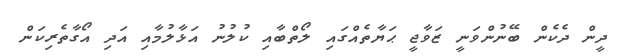
ދީން ދެކެން ބޭނުންވަނީ ޒަވާޖީ ޙަޔާތެއްގައި ލޯތްބާއި ކުލުނު އަޅާލުމާއި އަދި އޯގާތެރިކަން